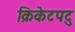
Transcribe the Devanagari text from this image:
क्रिकेटपटु